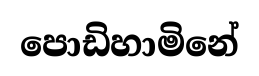
පොඩිහාමිනේ